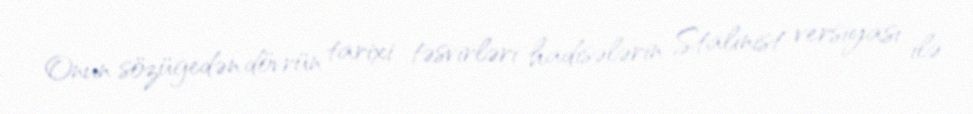
Onun sözügedən dövrün tarixi təsvirləri hadisələrin Stalinist versiyası ilə